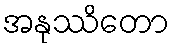
အနုဿိတော